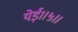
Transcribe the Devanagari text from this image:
येई।।५।।